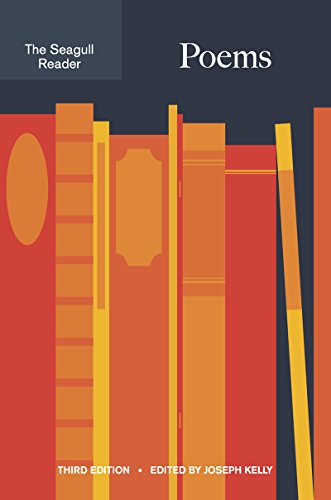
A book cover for The Seagull Reader: Poems (Third Edition); Literature & Fiction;